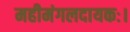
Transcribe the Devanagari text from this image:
महीमंगलदायकः।